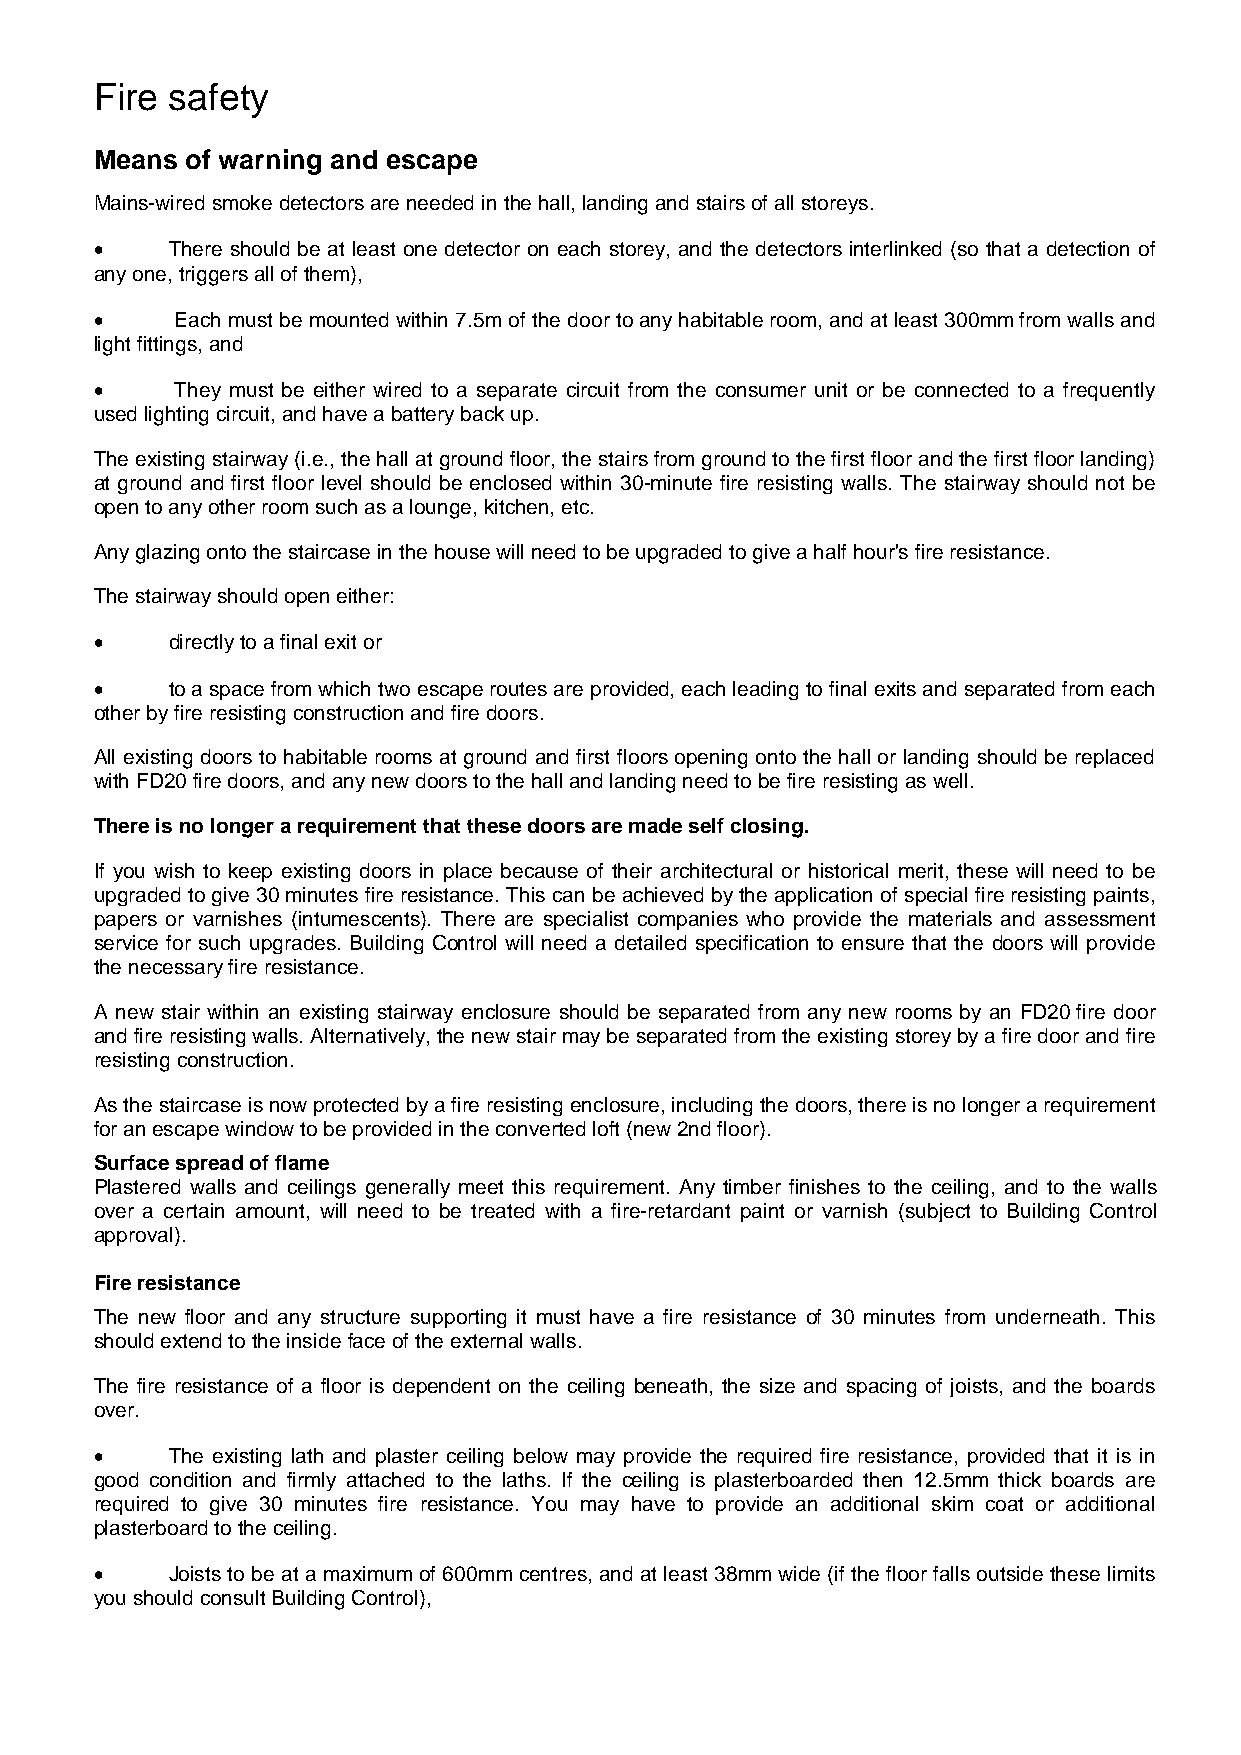
Fire safety
 Means of warning and escape
 Mains-wired smoke detectors are needed in the hall, landing and stairs of all storeys.
 •    There should be at least one detector on each storey, and the detectors interlinked (so that a detection of
 any one, triggers all of them),
 •     Each must be mounted within 7.5m of the door to any habitable room, and at least 300mm from walls and
 light fittings, and
 •     They must be either wired to a separate circuit from the consumer unit or be connected to a frequently
 used lighting circuit, and have a battery back up.
 The existing stairway (i.e., the hall at ground floor, the stairs from ground to the first floor and the first floor landing)
 at ground and first floor level should be enclosed within 30-minute fire resisting walls. The stairway should not be
 open to any other room such as a lounge, kitchen, etc.
 Any glazing onto the staircase in the house will need to be upgraded to give a half hour's fire resistance.
 The stairway should open either:
 •    directly to a final exit or
 •    to a space from which two escape routes are provided, each leading to final exits and separated from each
 other by fire resisting construction and fire doors.
 All existing doors to habitable rooms at ground and first floors opening onto the hall or landing should be replaced
 with FD20 fire doors, and any new doors to the hall and landing need to be fire resisting as well.
 There is no longer a requirement that these doors are made self closing.
 If you wish to keep existing doors in place because of their architectural or historical merit, these will need to be
 upgraded to give 30 minutes fire resistance. This can be achieved by the application of special fire resisting paints,
 papers or varnishes (intumescents). There are specialist companies who provide the materials and assessment
 service for such upgrades. Building Control will need a detailed specification to ensure that the doors will provide
 the necessary fire resistance.
 A new stair within an existing stairway enclosure should be separated from any new rooms by an FD20 fire door
 and fire resisting walls. Alternatively, the new stair may be separated from the existing storey by a fire door and fire
 resisting construction.
 As the staircase is now protected by a fire resisting enclosure, including the doors, there is no longer a requirement
 for an escape window to be provided in the converted loft (new 2nd floor).
 Surface spread of flame
 Plastered walls and ceilings generally meet this requirement. Any timber finishes to the ceiling, and to the walls
 over a certain amount, will need to be treated with a fire-retardant paint or varnish (subject to Building Control
 approval).
 Fire resistance
 The new floor and any structure supporting it must have a fire resistance of 30 minutes from underneath. This
 should extend to the inside face of the external walls.
 The fire resistance of a floor is dependent on the ceiling beneath, the size and spacing of joists, and the boards
 over.
 •    The existing lath and plaster ceiling below may provide the required fire resistance, provided that it is in
 good condition and firmly attached to the laths. If the ceiling is plasterboarded then 12.5mm thick boards are
 required to give 30 minutes fire resistance. You may have to provide an additional skim coat or additional
 plasterboard to the ceiling.
 •    Joists to be at a maximum of 600mm centres, and at least 38mm wide (if the floor falls outside these limits
 you should consult Building Control),